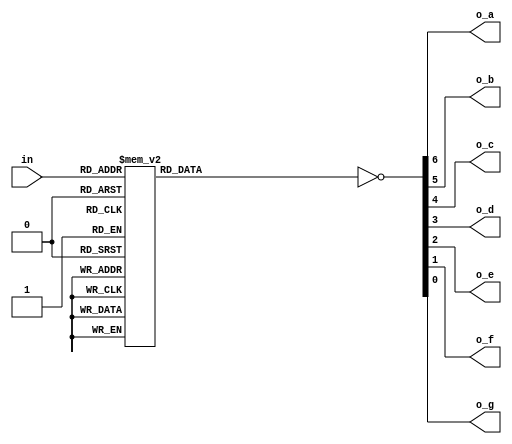
`timescale 1ns / 1ps

//////////////////////////////////////////////////////////////////////////////////
// Company: 
// 
// Design Name: 
// Module Name: hex_7seg_decoder
// Project Name: 
// Target Devices: 
// Tool Versions: 
// Description: 
// 
// Dependencies: 
// 
// Revision:
// Revision 0.01 - File Created
// Additional Comments:
// 
//////////////////////////////////////////////////////////////////////////////////


module hex_7seg_decoder(


    // ports section
    input [3:0]in ,
    output o_a ,
    output o_b ,
    output o_c ,
    output o_d ,
    output o_e ,
    output o_f ,
    output o_g 
    );
   
   //Internal logic 
   parameter COMMON_ANODE_CATHODE = 0; 
   reg a,b,c,d,e,f,g;
   
   // Concatination to pass  values to all the outputs in the same time
   
   always @(8) begin
     case(in)
     4'd0: {a,b,c,d,e,f,g} = 7'b1111110;
     4'd1: {a,b,c,d,e,f,g} = 7'b0110000;
     4'd2: {a,b,c,d,e,f,g} = 7'b1101101;
     4'd3: {a,b,c,d,e,f,g} = 7'b1111001;
     4'd4: {a,b,c,d,e,f,g} = 7'b0110011;
     4'd5: {a,b,c,d,e,f,g} = 7'b1011011;
     4'd6: {a,b,c,d,e,f,g} = 7'b1011111;
     4'd7: {a,b,c,d,e,f,g} = 7'b1110000;
     4'd8: {a,b,c,d,e,f,g} = 7'b1111111;
     4'd9: {a,b,c,d,e,f,g} = 7'b1111011;
     4'd10: {a,b,c,d,e,f,g} = 7'b1110111;
     4'd11: {a,b,c,d,e,f,g} = 7'b0011111;
     4'd12: {a,b,c,d,e,f,g} = 7'b1001110;
     4'd13: {a,b,c,d,e,f,g} = 7'b0111101;
     4'd14: {a,b,c,d,e,f,g} = 7'b1001110;
     4'd15: {a,b,c,d,e,f,g} = 7'b1000111;
     
     default : {a,b,c,d,e,f,g} = 7'b1111110; // best practice
     endcase
  end
  
  assign {o_a,o_b,o_c,o_d,o_e,o_f,o_g} = COMMON_ANODE_CATHODE ? {a,b,c,d,e,f,g} : ~{a,b,c,d,e,f,g}; 
     
     
   
    
endmodule